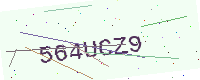
Text: 564UCZ9